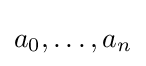
a_{0},\ldots ,a_{n}